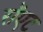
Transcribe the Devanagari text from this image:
रॉएट